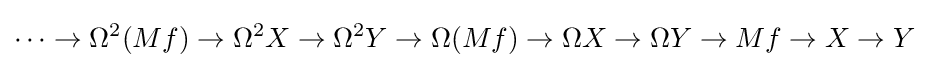
\cdots \to \Omega ^{2}(Mf)\to \Omega ^{2}X\to \Omega ^{2}Y\to \Omega (Mf)\to \Omega X\to \Omega Y\to Mf\to X\to Y